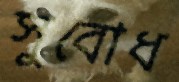
সুবোধ